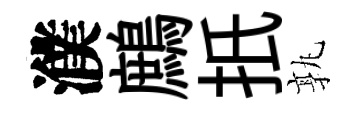
濮鷓扺孰